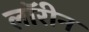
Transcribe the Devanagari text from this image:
लॉरीन